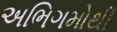
અભિગમોથી